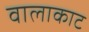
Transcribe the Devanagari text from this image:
वालाकाट